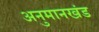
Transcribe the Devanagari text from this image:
अनुमानखंड